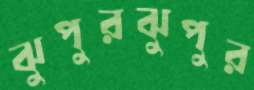
ঝুপুরঝুপুর